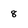
Character: 8